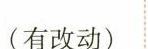
(有改动)